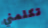
تكلمني